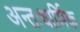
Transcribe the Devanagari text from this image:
अन्तःधार्मिक